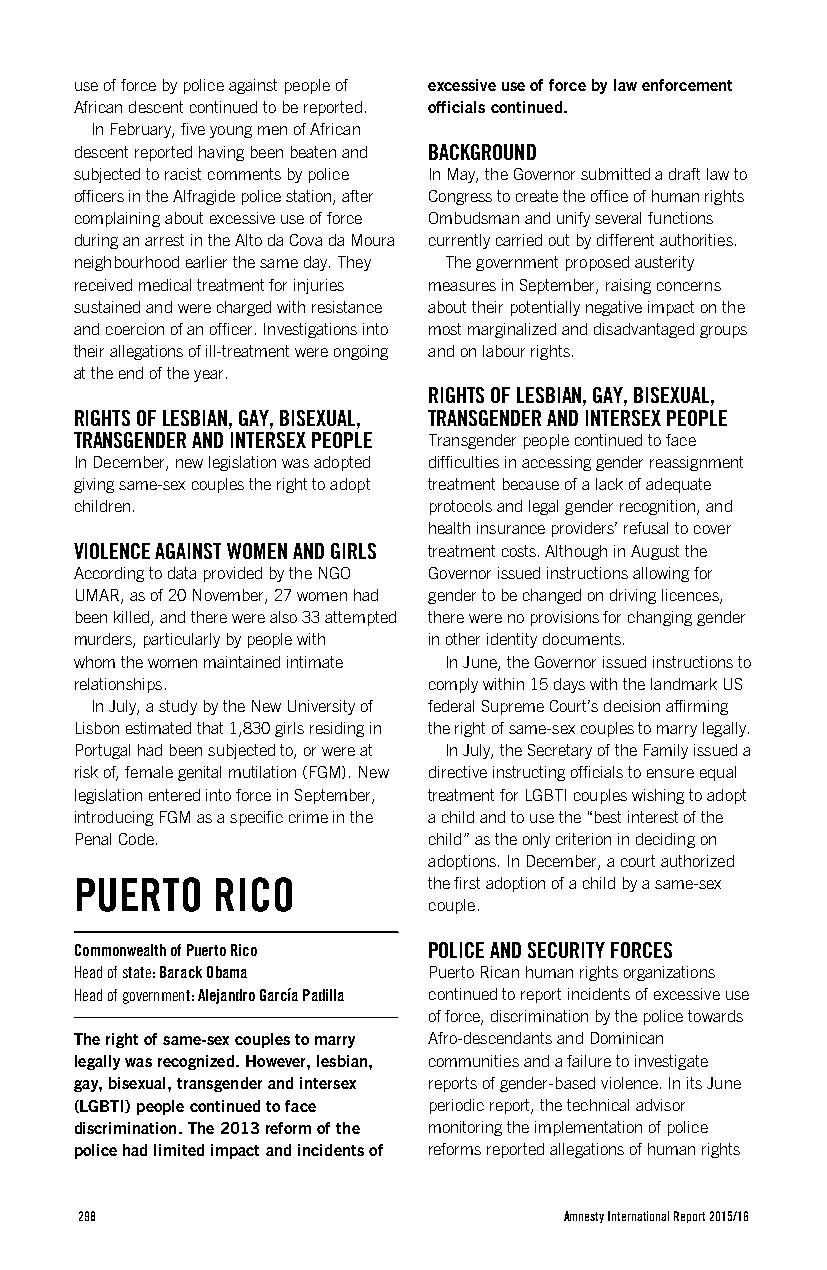
use of force by police against people of excessive use of force by law enforcement
 African descent continued to be reported. officials continued.
 In February, five young men of African
 descent reported having been beaten and BACKGROUND
 subjected to racist comments by police In May, the Governor submitted a draft law to
 officers in the Alfragide police station, after Congress to create the office of human rights
 complaining about excessive use of force Ombudsman and unify several functions
 during an arrest in the Alto da Cova da Moura currently carried out by different authorities.
 neighbourhood earlier the same day. They The government proposed austerity
 received medical treatment for injuries measures in September, raising concerns
 sustained and were charged with resistance about their potentially negative impact on the
 and coercion of an officer. Investigations into most marginalized and disadvantaged groups
 their allegations of ill-treatment were ongoing and on labour rights.
 at the end of the year.
 RIGHTS OF LESBIAN, GAY, BISEXUAL,
 RIGHTS OF LESBIAN, GAY, BISEXUAL, TRANSGENDER AND INTERSEX PEOPLE
 TRANSGENDER AND INTERSEX PEOPLE Transgender people continued to face
 In December, new legislation was adopted difficulties in accessing gender reassignment
 giving same-sex couples the right to adopt treatment because of a lack of adequate
 children.              protocols and legal gender recognition, and
 health insurance providers’ refusal to cover
 VIOLENCE AGAINST WOMEN AND GIRLS treatment costs. Although in August the
 According to data provided by the NGO Governor issued instructions allowing for
 UMAR, as of 20 November, 27 women had gender to be changed on driving licences,
 been killed, and there were also 33 attempted there were no provisions for changing gender
 murders, particularly by people with in other identity documents.
 whom the women maintained intimate In June, the Governor issued instructions to
 relationships.         comply within 15 days with the landmark US
 In July, a study by the New University of federal Supreme Court’s decision affirming
 Lisbon estimated that 1,830 girls residing in the right of same-sex couples to marry legally.
 Portugal had been subjected to, or were at In July, the Secretary of the Family issued a
 risk of, female genital mutilation (FGM). New directive instructing officials to ensure equal
 legislation entered into force in September, treatment for LGBTI couples wishing to adopt
 introducing FGM as a specific crime in the a child and to use the “best interest of the
 Penal Code.            child” as the only criterion in deciding on
 adoptions. In December, a court authorized
 PUERTO   RICO          the first adoption of a child by a same-sex
 couple.
 Commonwealth of Puerto Rico POLICE AND SECURITY FORCES
 Head of state: Barack Obama Puerto Rican human rights organizations
 Head of government: Alejandro García Padilla continued to report incidents of excessive use
 of force, discrimination by the police towards
 The right of same-sex couples to marry Afro-descendants and Dominican
 legally was recognized. However, lesbian, communities and a failure to investigate
 gay, bisexual, transgender and intersex reports of gender-based violence. In its June
 (LGBTI) people continued to face periodic report, the technical advisor
 discrimination. The 2013 reform of the monitoring the implementation of police
 police had limited impact and incidents of reforms reported allegations of human rights
 298                             Amnesty International Report 2015/16